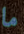
ما